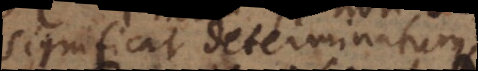
significat determinatum,